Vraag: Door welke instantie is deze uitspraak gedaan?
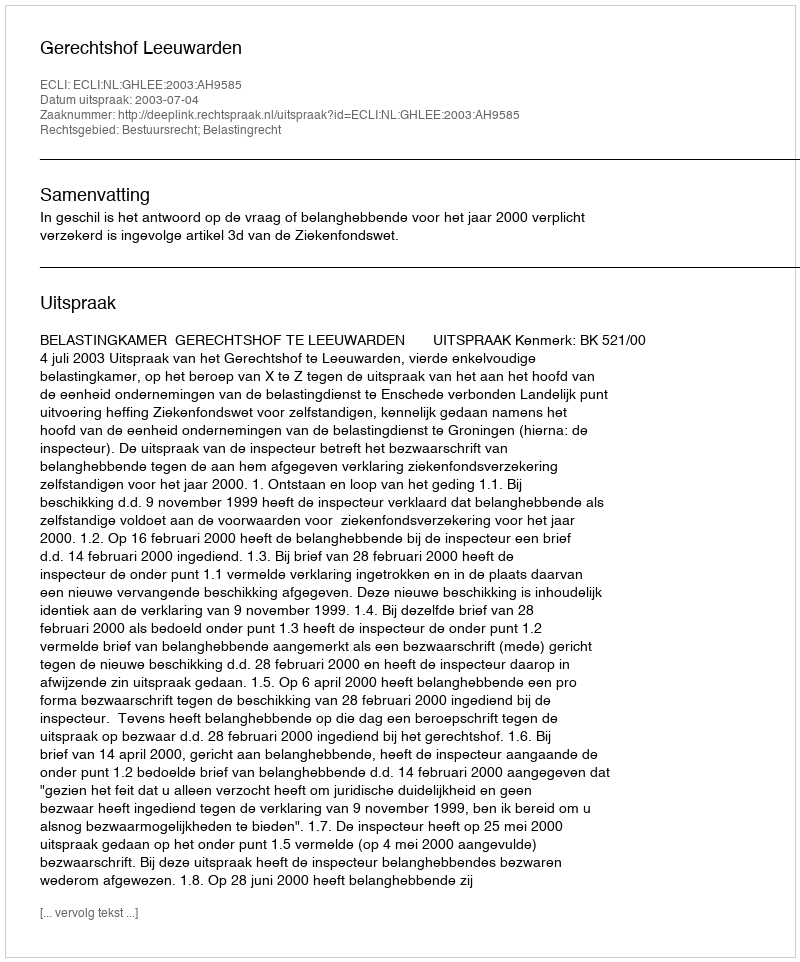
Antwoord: Gerechtshof Leeuwarden